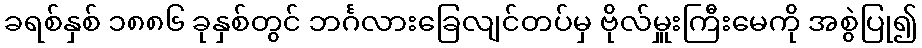
ခရစ်နှစ် ၁၈၈၆ ခုနှစ်တွင် ဘင်္ဂလားခြေလျင်တပ်မှ ဗိုလ်မှူးကြီးမေကို အစွဲပြု၍